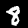
Digit: 8